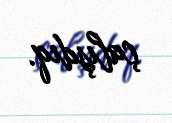
çalışdıq.